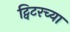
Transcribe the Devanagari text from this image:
ट्विटरच्या